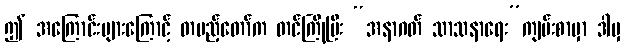
ဤ အကြောင်းများကြောင့် တပည့်တော်က တင်ကြိုပြီး “အနာဂတ် သာသနာရေး”ကျမ်းစာမှာ ဒါမှ